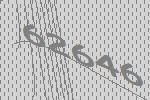
62646